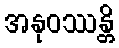
အနုဝဿန္တိ